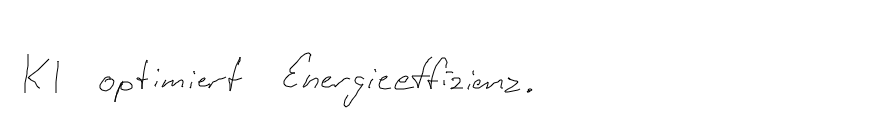
KI optimiert Energieeffizienz.